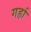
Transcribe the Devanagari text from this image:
गर्हा